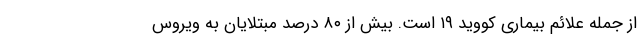
از جمله علائم بیماری کووید ۱۹ است. بیش از ۸۰ درصد مبتلایان به ویروس